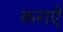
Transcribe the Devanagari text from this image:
कराऐ